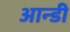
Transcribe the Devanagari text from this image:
आन्डी